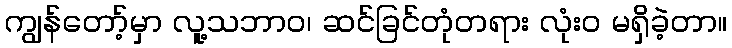
ကျွန်တော့်မှာ လူ့သဘာဝ၊ ဆင်ခြင်တုံတရား လုံးဝ မရှိခဲ့တာ။